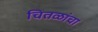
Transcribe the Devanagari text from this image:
चितळांचा